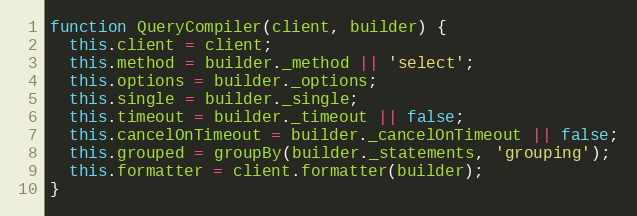
Language: JavaScript
function QueryCompiler(client, builder) {
  this.client = client;
  this.method = builder._method || 'select';
  this.options = builder._options;
  this.single = builder._single;
  this.timeout = builder._timeout || false;
  this.cancelOnTimeout = builder._cancelOnTimeout || false;
  this.grouped = groupBy(builder._statements, 'grouping');
  this.formatter = client.formatter(builder);
}